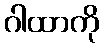
ဂါထာကို